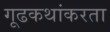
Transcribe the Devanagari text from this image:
गूढकथांकरता